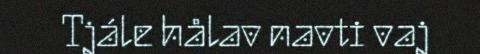
Tjále hålav navti vaj